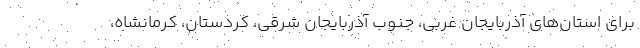
برای استان‌های آذربایجان غربی، جنوب آذربایجان شرقی، کردستان، کرمانشاه،